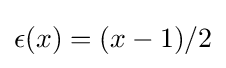
\epsilon (x)=(x-1)/2